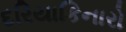
દરિયાકિનારો